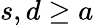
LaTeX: s,d\ge a